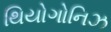
થિયોગોનિઝ